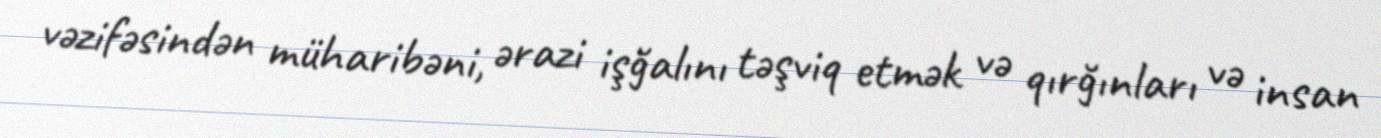
vəzifəsindən müharibəni, ərazi işğalını təşviq etmək və qırğınları və insan